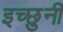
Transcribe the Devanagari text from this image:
इच्छुनी